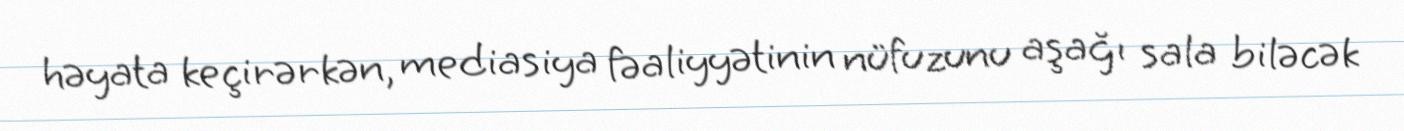
həyata keçirərkən, mediasiya fəaliyyətinin nüfuzunu aşağı sala biləcək